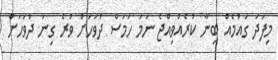
މިފަދަ ގައުމެއް ބިނާ ކުރެއްވިއްޖެ ނަމަ ހަމަސް ދުވަހަށް ވުރެ ގިނަ ދުވަހަށް